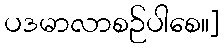
ပဒမာလာစဉ်ပါစေ။]